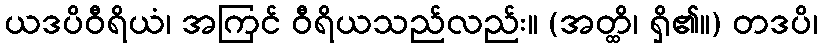
ယဒပိဝီရိယံ၊ အကြင် ဝီရိယသည်လည်း။ (အတ္ထိ၊ ရှိ၏။) တဒပိ၊